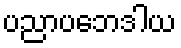
ပညာပဘေဒါယ